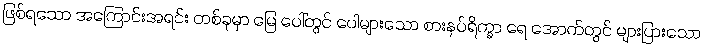
ဖြစ်ရသော အကြောင်းအရင်း တစ်ခုမှာ မြေ ပေါ်တွင် ပေါများသော စားနပ်ရိက္ခာ ရေ အောက်တွင် များပြားသော